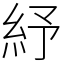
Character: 紓